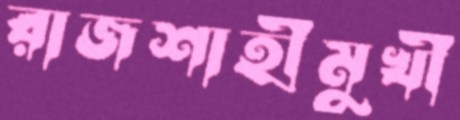
রাজশাহীমুখী